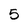
Character: 5